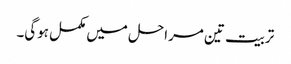
تربیت تین مراحل میں مکمل ہوگی۔